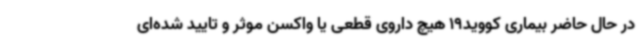
در حال حاضر بیماری کووید19 هیچ داروی قطعی یا واکسن موثر و تایید شده‌ای